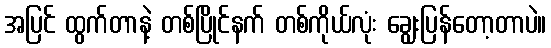
အပြင် ထွက်တာနဲ့ တစ်ပြိုင်နက် တစ်ကိုယ်လုံး ချွေးပြန်တော့တာပဲ။